Report on horse surra - Volume I
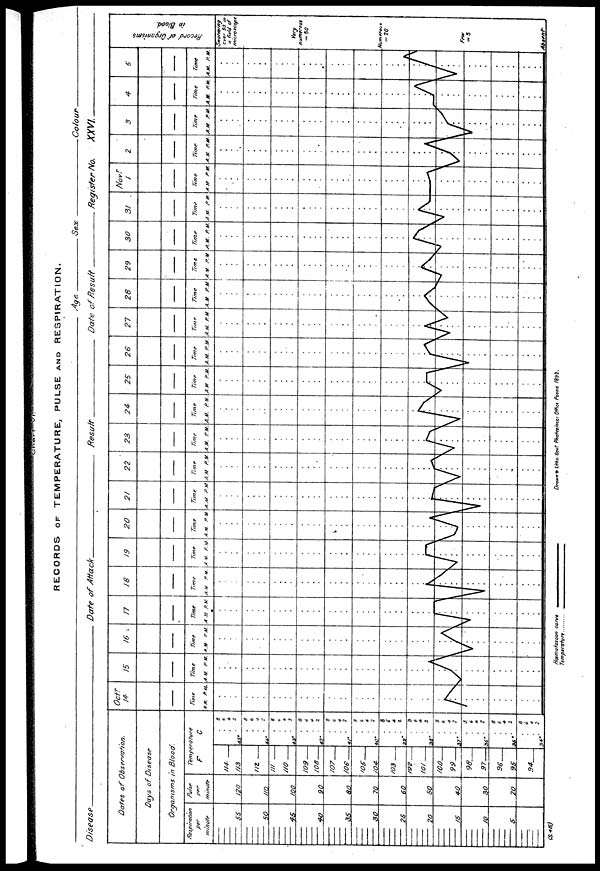
RECORDS OF TEMPERATURE, PULSE AND RESPIRATION.